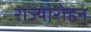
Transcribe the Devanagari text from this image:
राज्यारोहन